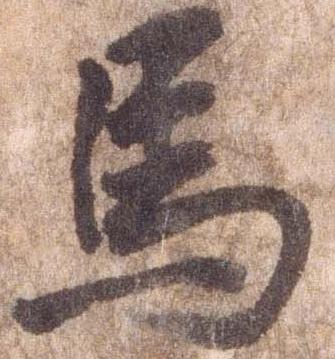
馬